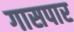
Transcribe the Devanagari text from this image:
गासपार